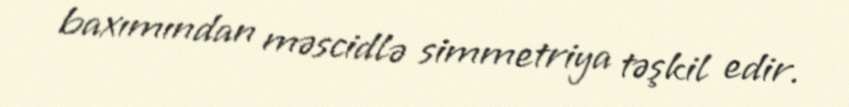
baxımından məscidlə simmetriya təşkil edir.